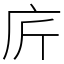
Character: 庍